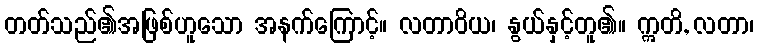
တတ်သည်၏အဖြစ်ဟူသော အနက်ကြောင့်။ လတာဝိယ၊ နွယ်နှင့်တူ၏။ ဣတိ, လတာ၊